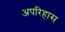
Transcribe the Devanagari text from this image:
अपरिहास